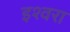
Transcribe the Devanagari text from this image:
इश्वरा